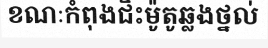
ខណៈកំពុងជិះម៉ូតូឆ្លងថ្នល់